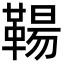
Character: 𩋬